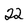
Character: 2